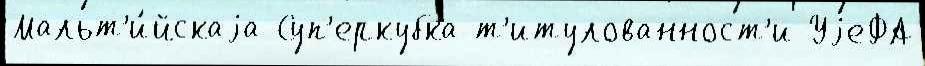
Мальт'и́йскаjа Суп'еркубка т'итулованност'и УjеФА